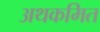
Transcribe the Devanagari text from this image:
अथकमित